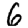
Digit: 6